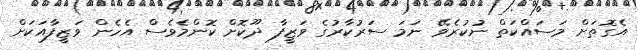
އެގޮތަށް މަސައްކަތް ނުކުރެވޭ ނަމަ ސަރުކާރުގެ ވަޒީފާ ދޫކޮށް ކޮންމެވެސް އެހެން ވަޒީފާއަކަށް